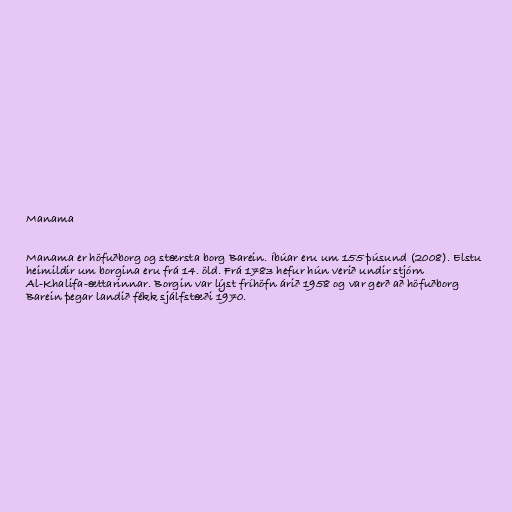
Manama

Manama er höfuðborg og stærsta borg Barein. Íbúar eru um 155 þúsund (2008). Elstu
heimildir um borgina eru frá 14. öld. Frá 1783 hefur hún verið undir stjórn
Al-Khalifa-ættarinnar. Borgin var lýst fríhöfn árið 1958 og var gerð að höfuðborg
Barein þegar landið fékk sjálfstæði 1970.